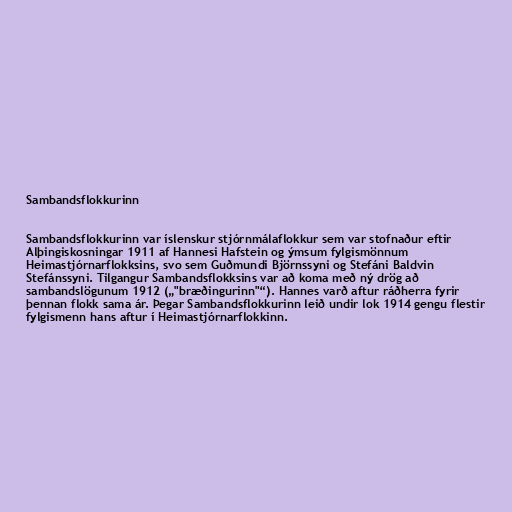
Sambandsflokkurinn

Sambandsflokkurinn var íslenskur stjórnmálaflokkur sem var stofnaður eftir
Alþingiskosningar 1911 af Hannesi Hafstein og ýmsum fylgismönnum
Heimastjórnarflokksins, svo sem Guðmundi Björnssyni og Stefáni Baldvin
Stefánssyni. Tilgangur Sambandsflokksins var að koma með ný drög að
sambandslögunum 1912 („"bræðingurinn"“). Hannes varð aftur ráðherra fyrir
þennan flokk sama ár. Þegar Sambandsflokkurinn leið undir lok 1914 gengu flestir
fylgismenn hans aftur í Heimastjórnarflokkinn.